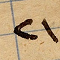
٢١